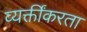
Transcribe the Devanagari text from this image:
व्यक्तींकरता